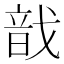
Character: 戠